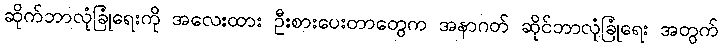
ဆိုက်ဘာလုံခြုံရေးကို အလေးထား ဦးစားပေးတာတွေက အနာဂတ် ဆိုင်ဘာလုံခြုံရေး အတွက်